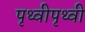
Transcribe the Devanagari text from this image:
पृथ्वीपृथ्वी